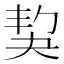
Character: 𡘱